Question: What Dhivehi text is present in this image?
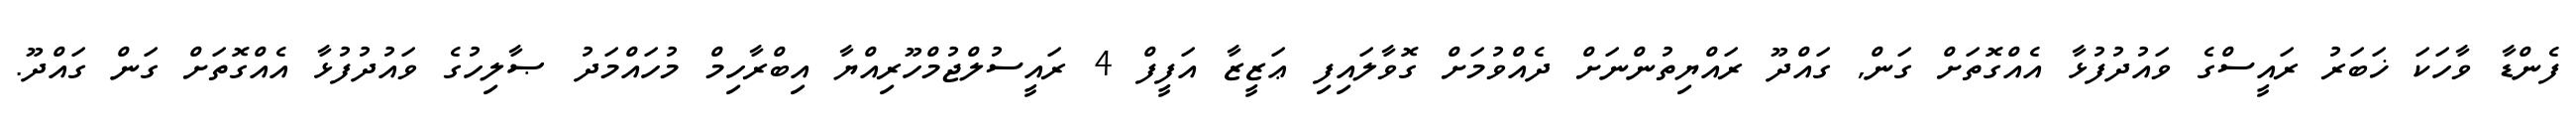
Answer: ފެންޑާ ވާހަކަ ޚަބަރު ރައީސްގެ ވައުދުފުޅާ އެއްގޮތަށް ގަން, ގައްދޫ ރައްޔިތުންނަށް ދެއްވުމަށް ގޮވާލައިފި ޢަޒީޒާ އަފީފް 4 ރައީސުލްޖުމްހޫރިއްޔާ އިބްރާހިމް މުހައްމަދު ޞާލިހުގެ ވައުދުފުޅާ އެއްގޮތަށް ގަން ގައްދޫ.